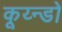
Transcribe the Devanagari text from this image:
कूय्न्डो